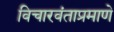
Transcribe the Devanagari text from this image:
विचारवंताप्रमाणे